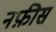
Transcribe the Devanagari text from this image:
नफ़ीस